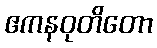
ဧကနဝုတိတော